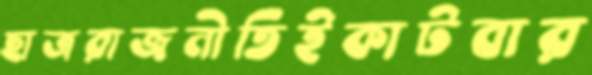
ছাত্ররাজনীতিইকাটবার